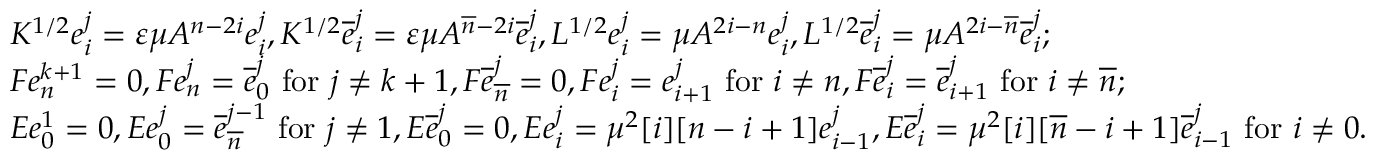
\begin{array} { r l } & { K ^ { 1 / 2 } e _ { i } ^ { j } = \varepsilon \mu A ^ { n - 2 i } e _ { i } ^ { j } , K ^ { 1 / 2 } \overline { { e } } _ { i } ^ { j } = \varepsilon \mu A ^ { \overline { { n } } - 2 i } \overline { { e } } _ { i } ^ { j } , L ^ { 1 / 2 } e _ { i } ^ { j } = \mu A ^ { 2 i - n } e _ { i } ^ { j } , L ^ { 1 / 2 } \overline { { e } } _ { i } ^ { j } = \mu A ^ { 2 i - \overline { { n } } } \overline { { e } } _ { i } ^ { j } ; } \\ & { F e _ { n } ^ { k + 1 } = 0 , F e _ { n } ^ { j } = \overline { { e } } _ { 0 } ^ { j } \mathrm { ~ f o r ~ } j \neq k + 1 , F \overline { { e } } _ { \overline { { n } } } ^ { j } = 0 , F e _ { i } ^ { j } = e _ { i + 1 } ^ { j } \mathrm { ~ f o r ~ } i \neq n , F \overline { { e } } _ { i } ^ { j } = \overline { { e } } _ { i + 1 } ^ { j } \mathrm { ~ f o r ~ } i \neq \overline { { n } } ; } \\ & { E e _ { 0 } ^ { 1 } = 0 , E e _ { 0 } ^ { j } = \overline { { e } } _ { \overline { { n } } } ^ { j - 1 } \mathrm { ~ f o r ~ } j \neq 1 , E \overline { { e } } _ { 0 } ^ { j } = 0 , E e _ { i } ^ { j } = \mu ^ { 2 } [ i ] [ n - i + 1 ] e _ { i - 1 } ^ { j } , E \overline { { e } } _ { i } ^ { j } = \mu ^ { 2 } [ i ] [ \overline { { n } } - i + 1 ] \overline { { e } } _ { i - 1 } ^ { j } \mathrm { ~ f o r ~ } i \neq 0 . } \end{array}